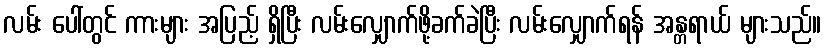
လမ်း ပေါ်တွင် ကားများ အပြည့် ရှိပြီး လမ်းလျှောက်ဖို့ခက်ခဲပြီး လမ်းလျှောက်ရန် အန္တရာယ် များသည်။